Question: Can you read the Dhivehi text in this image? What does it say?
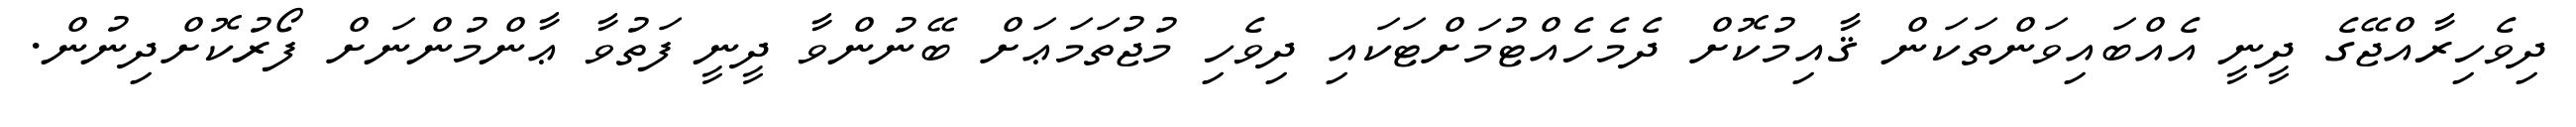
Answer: ދިވެހިރާއްޖޭގެ ދީނީ އެއްބައިވަންތަކަން ޤާއިމުކޮށް ދެމެހެއްޓުމަށްޓަކައި ދިވެހި މުޖުތަމަޢަށް ބޭނުންވާ ދީނީ ފަތުވާ ޢާންމުންނަށް ފޯރުކޮށްދިނުން.